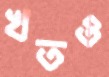
খতও